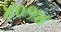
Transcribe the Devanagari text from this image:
४०१४